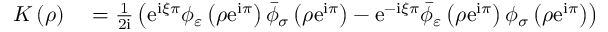
\begin{array} { r l } { K \left( \rho \right) } & { { } = \frac { 1 } { 2 \mathrm { i } } \left( \mathrm { e } ^ { \mathrm { i } \xi \pi } \phi _ { \varepsilon } \left( \rho \mathrm { e } ^ { \mathrm { i } \pi } \right) \bar { \phi } _ { \sigma } \left( \rho \mathrm { e } ^ { \mathrm { i } \pi } \right) - \mathrm { e } ^ { - \mathrm { i } \xi \pi } \bar { \phi } _ { \varepsilon } \left( \rho \mathrm { e } ^ { \mathrm { i } \pi } \right) \phi _ { \sigma } \left( \rho \mathrm { e } ^ { \mathrm { i } \pi } \right) \right) } \end{array}